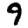
Digit: 9